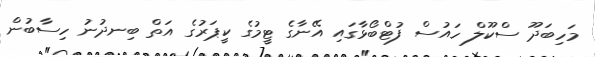
މަހިބަދޫ ސްކޫލް ހައުސް ފުޓްބޯޅާގައި އޭނާގެ ޓީމުގެ ކީޕަރުގެ އަތް ބިނދުނު ހިސާބުން